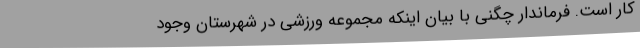
کار است. فرماندار چگنی با بیان اینکه مجموعه ورزشی در شهرستان وجود